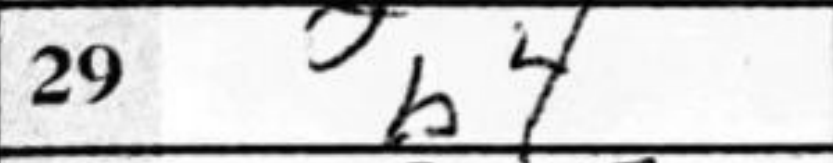
Transcription: b4